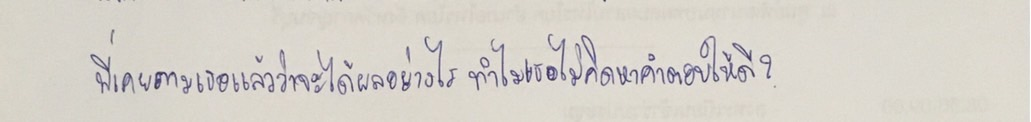
พี่เคยถามเธอแล้วว่าจะได้ผลอย่างไรทำไมเธอไม่คิดหาคำตอบให้ดี?"